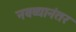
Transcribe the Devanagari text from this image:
नवव्यानंतर